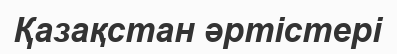
Қазақстан әртістері